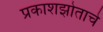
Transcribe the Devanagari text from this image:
प्रकाशझोताचे